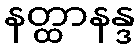
နတ္ထာနန္ဒ